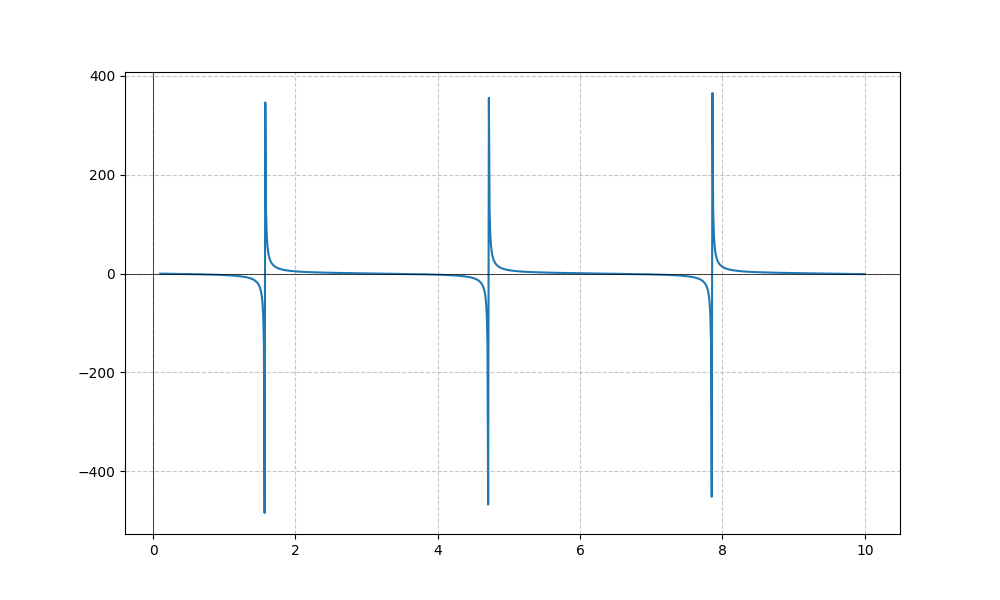
LaTeX formula: - 2 \tan{\left(x \right)}